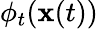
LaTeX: \phi_{t}(\mathbf{x}(t))